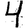
Digit: 4